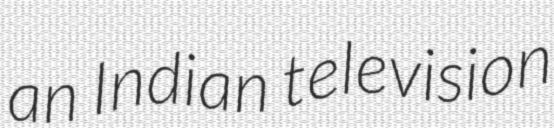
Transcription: an Indian television